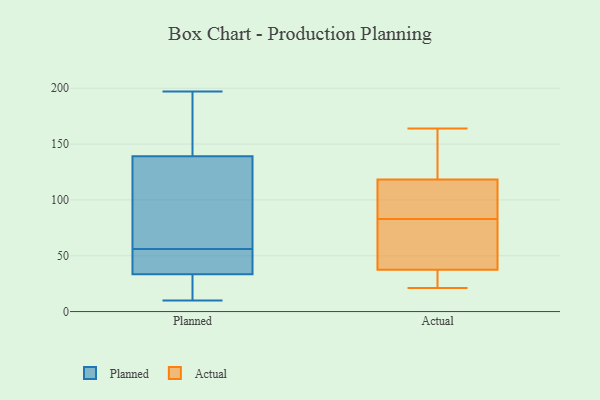
{"axis": {"x": "Churn Rate (%)", "y": "Value"}, "legend": ["Actual", "Planned"], "data": [{"x": "", "y": 56, "type": "Planned"}, {"x": "", "y": 31, "type": "Planned"}, {"x": "", "y": 197, "type": "Planned"}, {"x": "", "y": 41, "type": "Planned"}, {"x": "", "y": 20, "type": "Planned"}, {"x": "", "y": 15, "type": "Planned"}, {"x": "", "y": 42, "type": "Planned"}, {"x": "", "y": 141, "type": "Planned"}, {"x": "", "y": 10, "type": "Planned"}, {"x": "", "y": 108, "type": "Planned"}, {"x": "", "y": 85, "type": "Planned"}, {"x": "", "y": 49, "type": "Planned"}, {"x": "", "y": 176, "type": "Planned"}, {"x": "", "y": 165, "type": "Planned"}, {"x": "", "y": 133, "type": "Planned"}, {"x": "", "y": 33, "type": "Actual"}, {"x": "", "y": 137, "type": "Actual"}, {"x": "", "y": 83, "type": "Actual"}, {"x": "", "y": 164, "type": "Actual"}, {"x": "", "y": 71, "type": "Actual"}, {"x": "", "y": 112, "type": "Actual"}, {"x": "", "y": 80, "type": "Actual"}, {"x": "", "y": 86, "type": "Actual"}, {"x": "", "y": 157, "type": "Actual"}, {"x": "", "y": 30, "type": "Actual"}, {"x": "", "y": 39, "type": "Actual"}, {"x": "", "y": 21, "type": "Actual"}, {"x": "", "y": 91, "type": "Actual"}]}